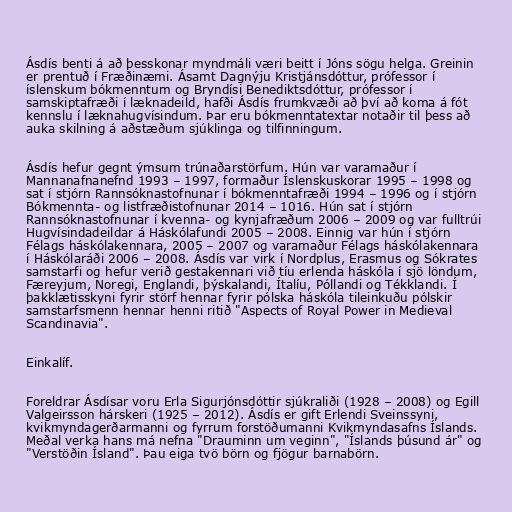
Ásdís benti á að þesskonar myndmáli væri beitt í Jóns sögu helga. Greinin
er prentuð í Fræðinæmi. Ásamt Dagnýju Kristjánsdóttur, prófessor í
íslenskum bókmenntum og Bryndísi Benediktsdóttur, prófessor í
samskiptafræði í læknadeild, hafði Ásdís frumkvæði að því að koma á fót
kennslu í læknahugvísindum. Þar eru bókmenntatextar notaðir til þess að
auka skilning á aðstæðum sjúklinga og tilfinningum.

Ásdís hefur gegnt ýmsum trúnaðarstörfum. Hún var varamaður í
Mannanafnanefnd 1993 – 1997, formaður Íslenskuskorar 1995 – 1998 og
sat í stjórn Rannsóknastofnunar í bókmenntafræði 1994 – 1996 og í stjórn
Bókmennta- og listfræðistofnunar 2014 – 1016. Hún sat í stjórn
Rannsóknastofnunar í kvenna- og kynjafræðum 2006 – 2009 og var fulltrúi
Hugvísindadeildar á Háskólafundi 2005 – 2008. Einnig var hún í stjórn
Félags háskólakennara, 2005 – 2007 og varamaður Félags háskólakennara
í Háskólaráði 2006 – 2008. Ásdís var virk í Nordplus, Erasmus og Sókrates
samstarfi og hefur verið gestakennari við tíu erlenda háskóla í sjö löndum,
Færeyjum, Noregi, Englandi, þýskalandi, Ítalíu, Póllandi og Tékklandi. Í
þakklætisskyni fyrir störf hennar fyrir pólska háskóla tileinkuðu pólskir
samstarfsmenn hennar henni ritið "Aspects of Royal Power in Medieval
Scandinavia".

Einkalíf.

Foreldrar Ásdísar voru Erla Sigurjónsdóttir sjúkraliði (1928 – 2008) og Egill
Valgeirsson hárskeri (1925 – 2012). Ásdís er gift Erlendi Sveinssyni,
kvikmyndagerðarmanni og fyrrum forstöðumanni Kvikmyndasafns Íslands.
Meðal verka hans má nefna "Drauminn um veginn", "Íslands þúsund ár" og
"Verstöðin Ísland". Þau eiga tvö börn og fjögur barnabörn.